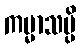
ကမ္မာသမ္ပိ